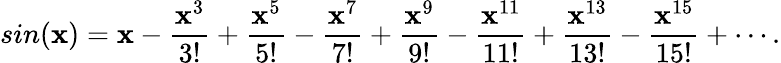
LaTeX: sin(\mathbf{x})=\mathbf{x}-\frac{{\mathbf{x}^{3}}}{{3!}}+\frac{{\mathbf{x}^{5}}}{{5!}}-\frac{{\mathbf{x}^{7}}}{{7!}}+\frac{{\mathbf{x}^{9}}}{{9!}}-\frac{{\mathbf{x}^{11}}}{{11!}}+\frac{{\mathbf{x}^{13}}}{{13!}}-\frac{{\mathbf{x}^{15}}}{{15!}}+\cdots.